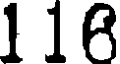
116